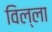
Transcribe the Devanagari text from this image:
विल्‍ला